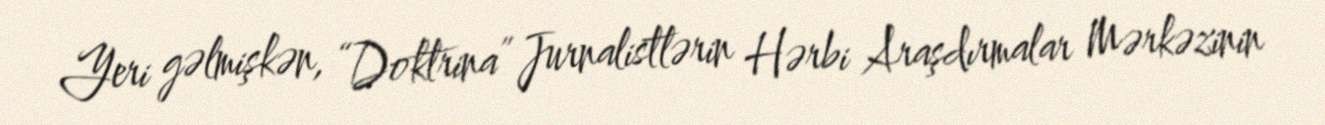
Yeri gəlmişkən, “Doktrina” Jurnalistlərin Hərbi Araşdırmalar Mərkəzinin